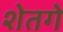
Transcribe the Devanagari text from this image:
शेतगे